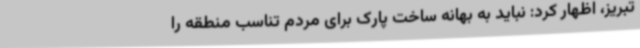
تبریز، اظهار کرد: نباید به بهانه ساخت پارک برای مردم تناسب منطقه را